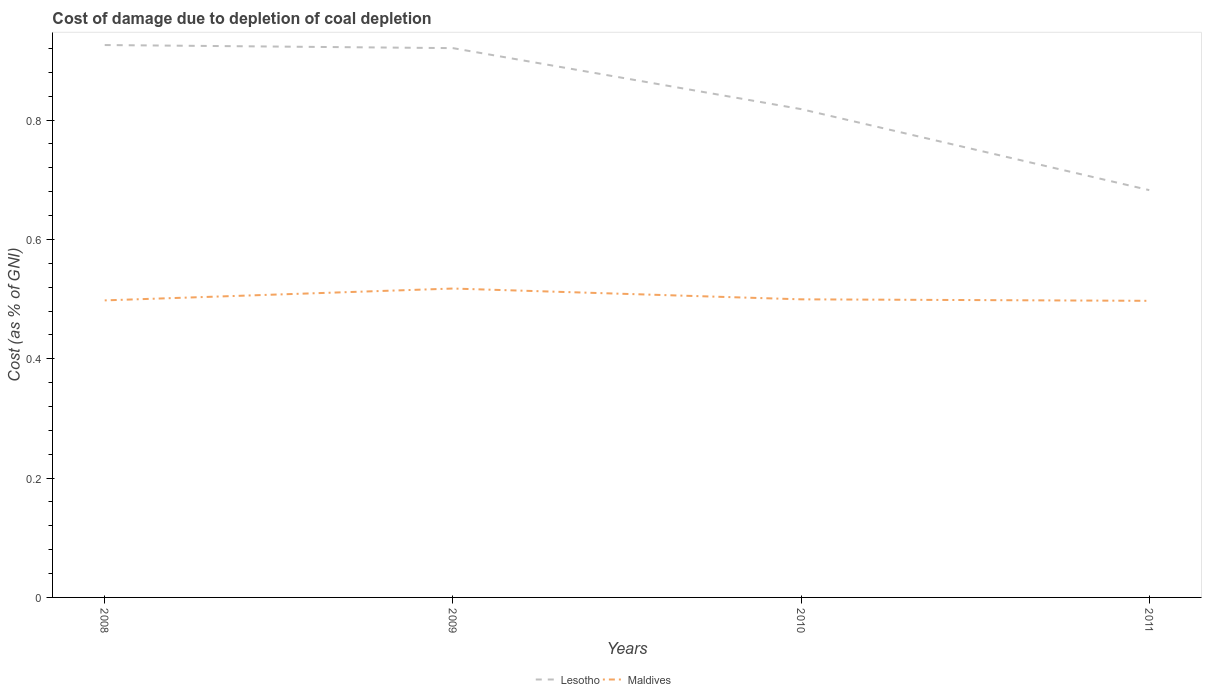
| Years | Lesotho | Maldives |
 | --- | --- | --- |
 | 2008 | 0.926 | 0.498 |
 | 2009 | 0.921 | 0.518 |
 | 2010 | 0.818 | 0.5 |
 | 2011 | 0.683 | 0.497 |